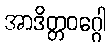
အာဒိတ္တဝဂ္ဂေါ